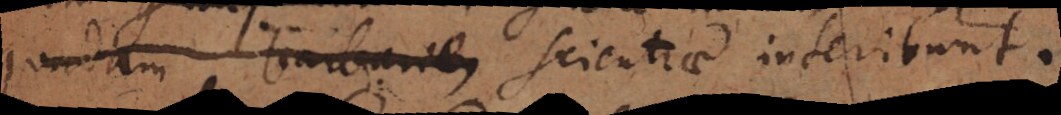
quadam barbarie scientiae interibunt.